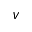
V